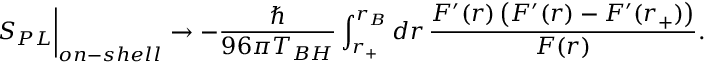
S _ { P L } \biggr \vert _ { o n - s h e l l } \rightarrow - \frac { \hbar } { 9 6 \pi T _ { B H } } \int _ { r _ { + } } ^ { r _ { B } } d r \, \frac { F ^ { \prime } ( r ) \, \bigl ( F ^ { \prime } ( r ) - F ^ { \prime } ( r _ { + } ) \bigl ) } { F ( r ) } .